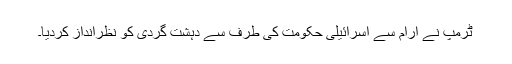
ٹرمپ نے آرام سے اسرائیلی حکومت کی طرف سے دہشت گردی کو نظرانداز کردیا۔